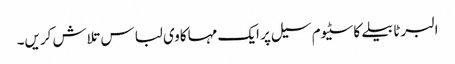
البرٹا بیلے کاسٹیوم سیل پر ایک مہاکاوی لباس تلاش کریں۔